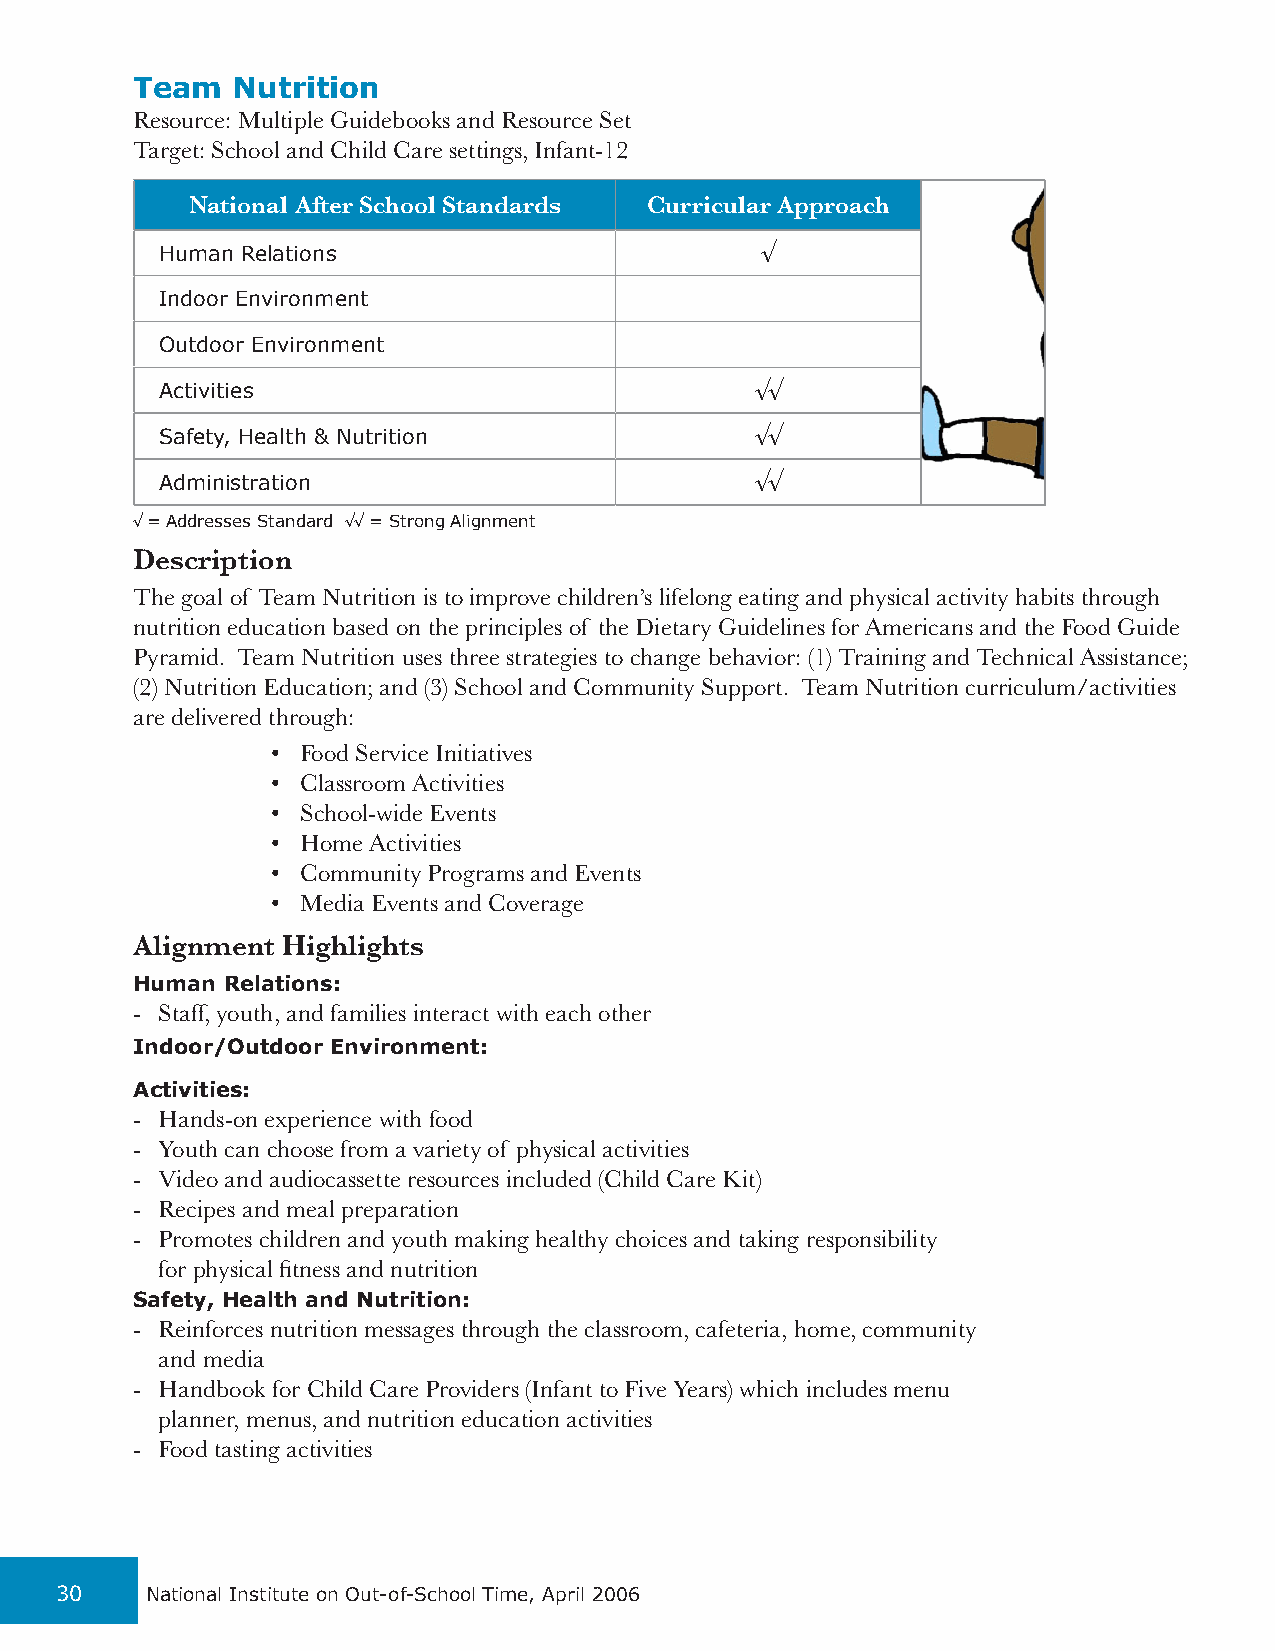
Team  Nutrition
 Resource: Multiple Guidebooks and Resource Set
 Target: School and Child Care settings, Infant-12
 National After School Standards Curricular Approach
 Human Relations                        √
 Indoor Environment
 Outdoor Environment
 Activities                             √√
 Safety, Health & Nutrition             √√
 Administration                         √√
 √ = Addresses Standard √√ = Strong Alignment
 Description
 The goal of Team Nutrition is to improve children’s lifelong eating and physical activity habits through
 nutrition education based on the principles of the Dietary Guidelines for Americans and the Food Guide
 Pyramid. Team Nutrition uses three strategies to change behavior: (1) Training and Technical Assistance;
 (2) Nutrition Education; and (3) School and Community Support. Team Nutrition curriculum/activities
 are delivered through:
 • Food Service Initiatives
 • Classroom Activities
 • School-wide Events
 • Home Activities
 • Community Programs and Events
 • Media Events and Coverage
 Alignment Highlights
 Human Relations:
 - Staff, youth, and families interact with each other
 Indoor/Outdoor Environment:
 Activities:
 - Hands-on experience with food
 - Youth can choose from a variety of physical activities
 - Video and audiocassette resources included (Child Care Kit)
 - Recipes and meal preparation
 - Promotes children and youth making healthy choices and taking responsibility
 for physical fitness and nutrition
 Safety, Health and Nutrition:
 - Reinforces nutrition messages through the classroom, cafeteria, home, community
 and media
 - Handbook for Child Care Providers (Infant to Five Years) which includes menu
 planner, menus, and nutrition education activities
 - Food tasting activities
 30    National Institute on Out-of-School Time, April 2006